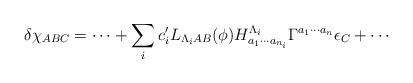
LaTeX: \begin{align*}\delta \chi_{ABC} = \cdots + \sum_{i} c^\prime_i L_{\Lambda_i AB} (\phi)H^{\Lambda_i} _ {a_1\cdots a_{n_i}}\Gamma^{a_1\cdots a_n}\epsilon_C + \cdots\end{align*}